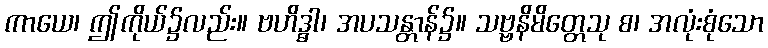
ကာယေ၊ ဤကိုယ်၌လည်း။ ဗဟိဒ္ဓါ၊ အပသန္တာန်၌။ သဗ္ဗနိမိတ္တေသု စ၊ အလုံးစုံသော